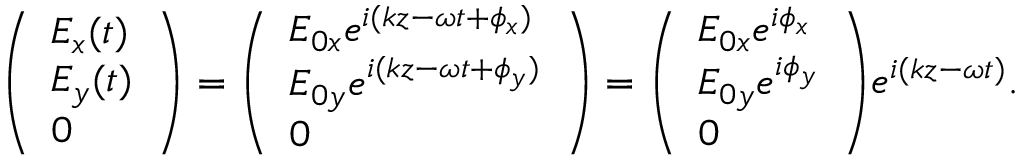
{ \left( \begin{array} { l } { E _ { x } ( t ) } \\ { E _ { y } ( t ) } \\ { 0 } \end{array} \right) } = { \left( \begin{array} { l } { E _ { 0 x } e ^ { i ( k z - \omega t + \phi _ { x } ) } } \\ { E _ { 0 y } e ^ { i ( k z - \omega t + \phi _ { y } ) } } \\ { 0 } \end{array} \right) } = { \left( \begin{array} { l } { E _ { 0 x } e ^ { i \phi _ { x } } } \\ { E _ { 0 y } e ^ { i \phi _ { y } } } \\ { 0 } \end{array} \right) } e ^ { i ( k z - \omega t ) } .